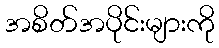
အစိတ်အပိုင်းများကို